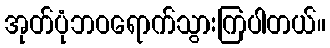
အုတ်ပုံဘဝရောက်သွားကြပါတယ်။